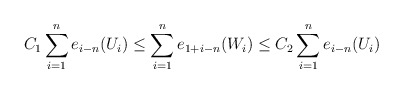
\begin{align*} C_1 \sum_{i=1}^n e_{i-n}(U_i) \le \sum_{i=1}^n e_{1+i-n}(W_i) \le C_2 \sum_{i=1}^n e_{i-n}(U_i) \end{align*}